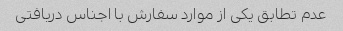
عدم تطابق یکی از موارد سفارش با اجناس دریافتی